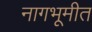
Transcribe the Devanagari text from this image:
नागभूमीत